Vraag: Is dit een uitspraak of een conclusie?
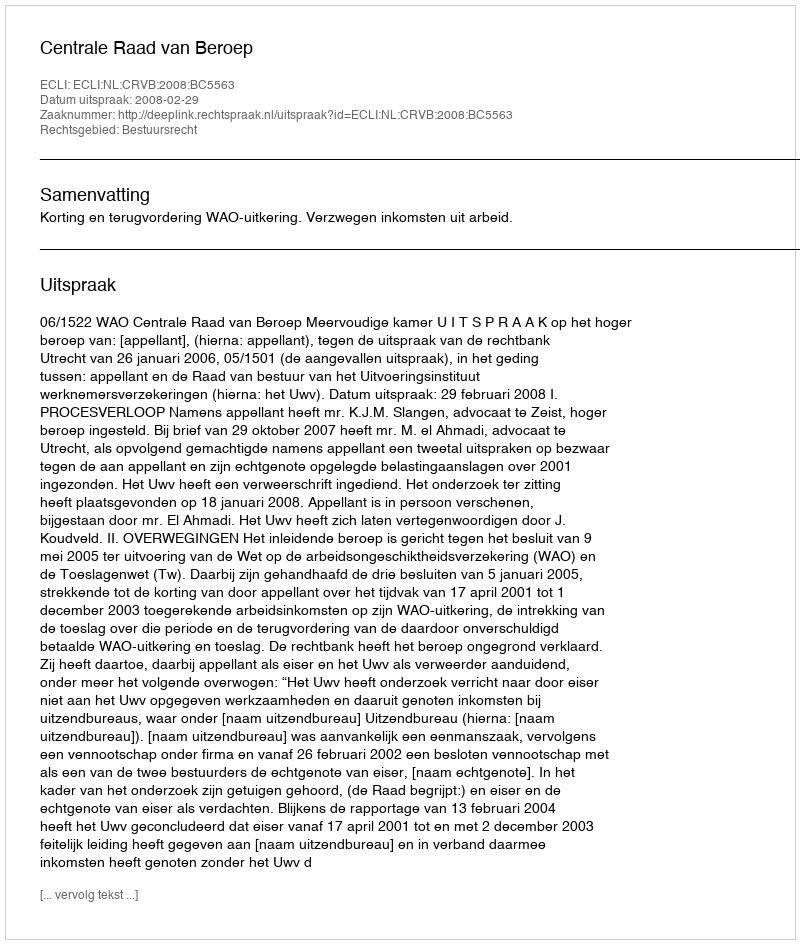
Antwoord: Uitspraak